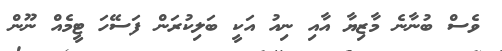
ވެސް ބުނާނެ މާޒިޔާ އާއި ނިއު އަކީ ބަލިކުރަން ފަސޭހަ ޓީމެއް ނޫން